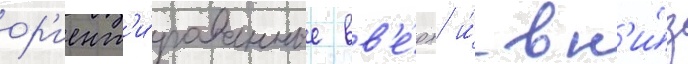
ор'иент'и́рованные вв'е́рх и́ вн'и́з